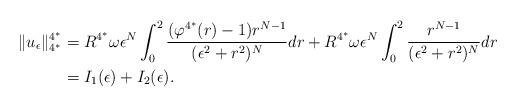
LaTeX: \begin{align*}\|u_{\epsilon}\|_{4^*}^{4^*}&=R^{4^*}\omega\epsilon^{N}\int_{0}^{2}\frac{(\varphi^{4^*}(r)-1)r^{N-1}}{(\epsilon^{2}+r^{2})^{N}}dr+R^{4^*}\omega\epsilon^{N}\int_{0}^{2}\frac{r^{N-1}}{(\epsilon^{2}+r^{2})^{N}}dr\\&=I_{1}(\epsilon)+I_{2}(\epsilon).\\\end{align*}